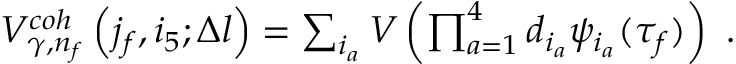
\begin{array} { r } { V _ { \gamma , n _ { f } } ^ { c o h } \left( j _ { f } , i _ { 5 } ; \Delta l \right) = \sum _ { i _ { a } } V \left( \prod _ { a = 1 } ^ { 4 } d _ { i _ { a } } \psi _ { i _ { a } } ( \tau _ { f } ) \right) \ . } \end{array}